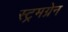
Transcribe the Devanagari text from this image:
स्ट्रमग्रेन